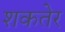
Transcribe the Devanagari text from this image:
शकतेर